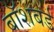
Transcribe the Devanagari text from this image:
बॉशबर्ड